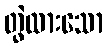
တွဲထားသော